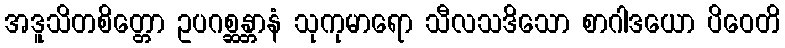
အဒူသိတစိတ္တော ဥပဂစ္ဆန္တာနံ သုကုမာရော သီလသဒိသော စာဂါဒယော ပိဝေတိ